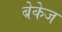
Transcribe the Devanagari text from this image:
ब्रेकेज